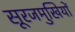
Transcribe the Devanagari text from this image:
सूरजमुखियों